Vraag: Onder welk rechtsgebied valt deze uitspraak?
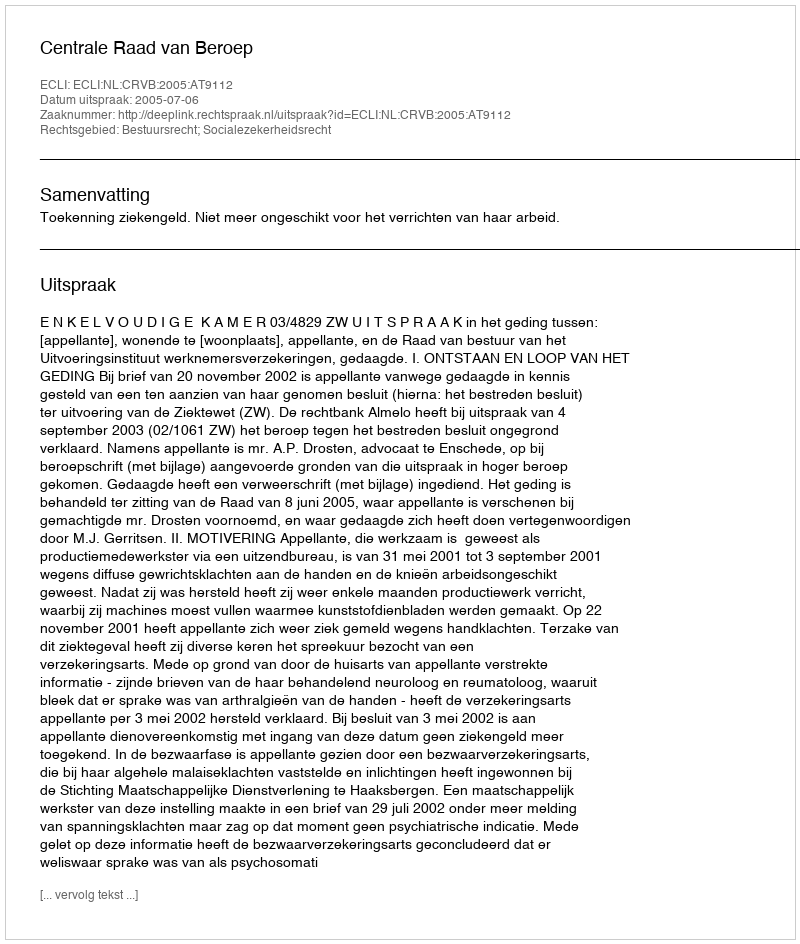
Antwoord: Bestuursrecht; Socialezekerheidsrecht